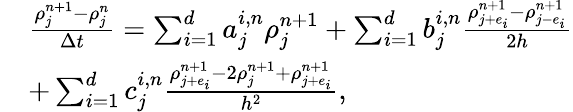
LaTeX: \begin{array}{rl}&{\frac{\rho_{j}^{n+1}-\rho_{j}^{n}}{\Delta t}=\sum_{i=1}^{d}a_{j}^{i,n}\rho_{j}^{n+1}+\sum_{i=1}^{d}b_{j}^{i,n}\frac{\rho_{j+e_{i}}^{n+1}-\rho_{j-e_{i}}^{n+1}}{2h}}\\ &{+\sum_{i=1}^{d}c_{j}^{i,n}\frac{\rho_{j+e_{i}}^{n+1}-2\rho_{j}^{n+1}+\rho_{j+e_{i}}^{n+1}}{h^{2}},}\end{array}